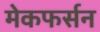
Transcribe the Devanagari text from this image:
मेकफर्सन